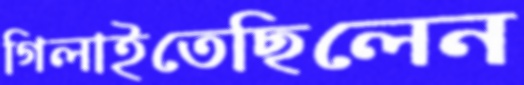
গিলাইতেছিলেন